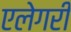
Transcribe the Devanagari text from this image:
एलेगरी